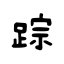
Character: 踪